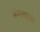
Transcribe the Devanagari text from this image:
अंगावरली